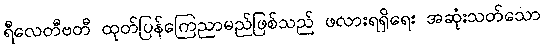
ရီလေတီဗတီ ထုတ်ပြန်ကြေညာမည်ဖြစ်သည် ဖလားရရှိရေး အဆုံးသတ်သော